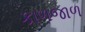
કાળજાળ